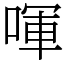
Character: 喗